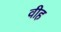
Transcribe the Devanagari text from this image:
वीह